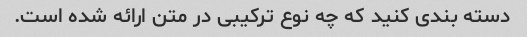
دسته بندی کنید که چه نوع ترکیبی در متن ارائه شده است.